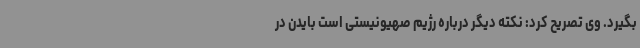
بگیرد. وی تصریح کرد: نکته دیگر درباره رژیم صهیونیستی است بایدن در